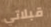
قبلاتي